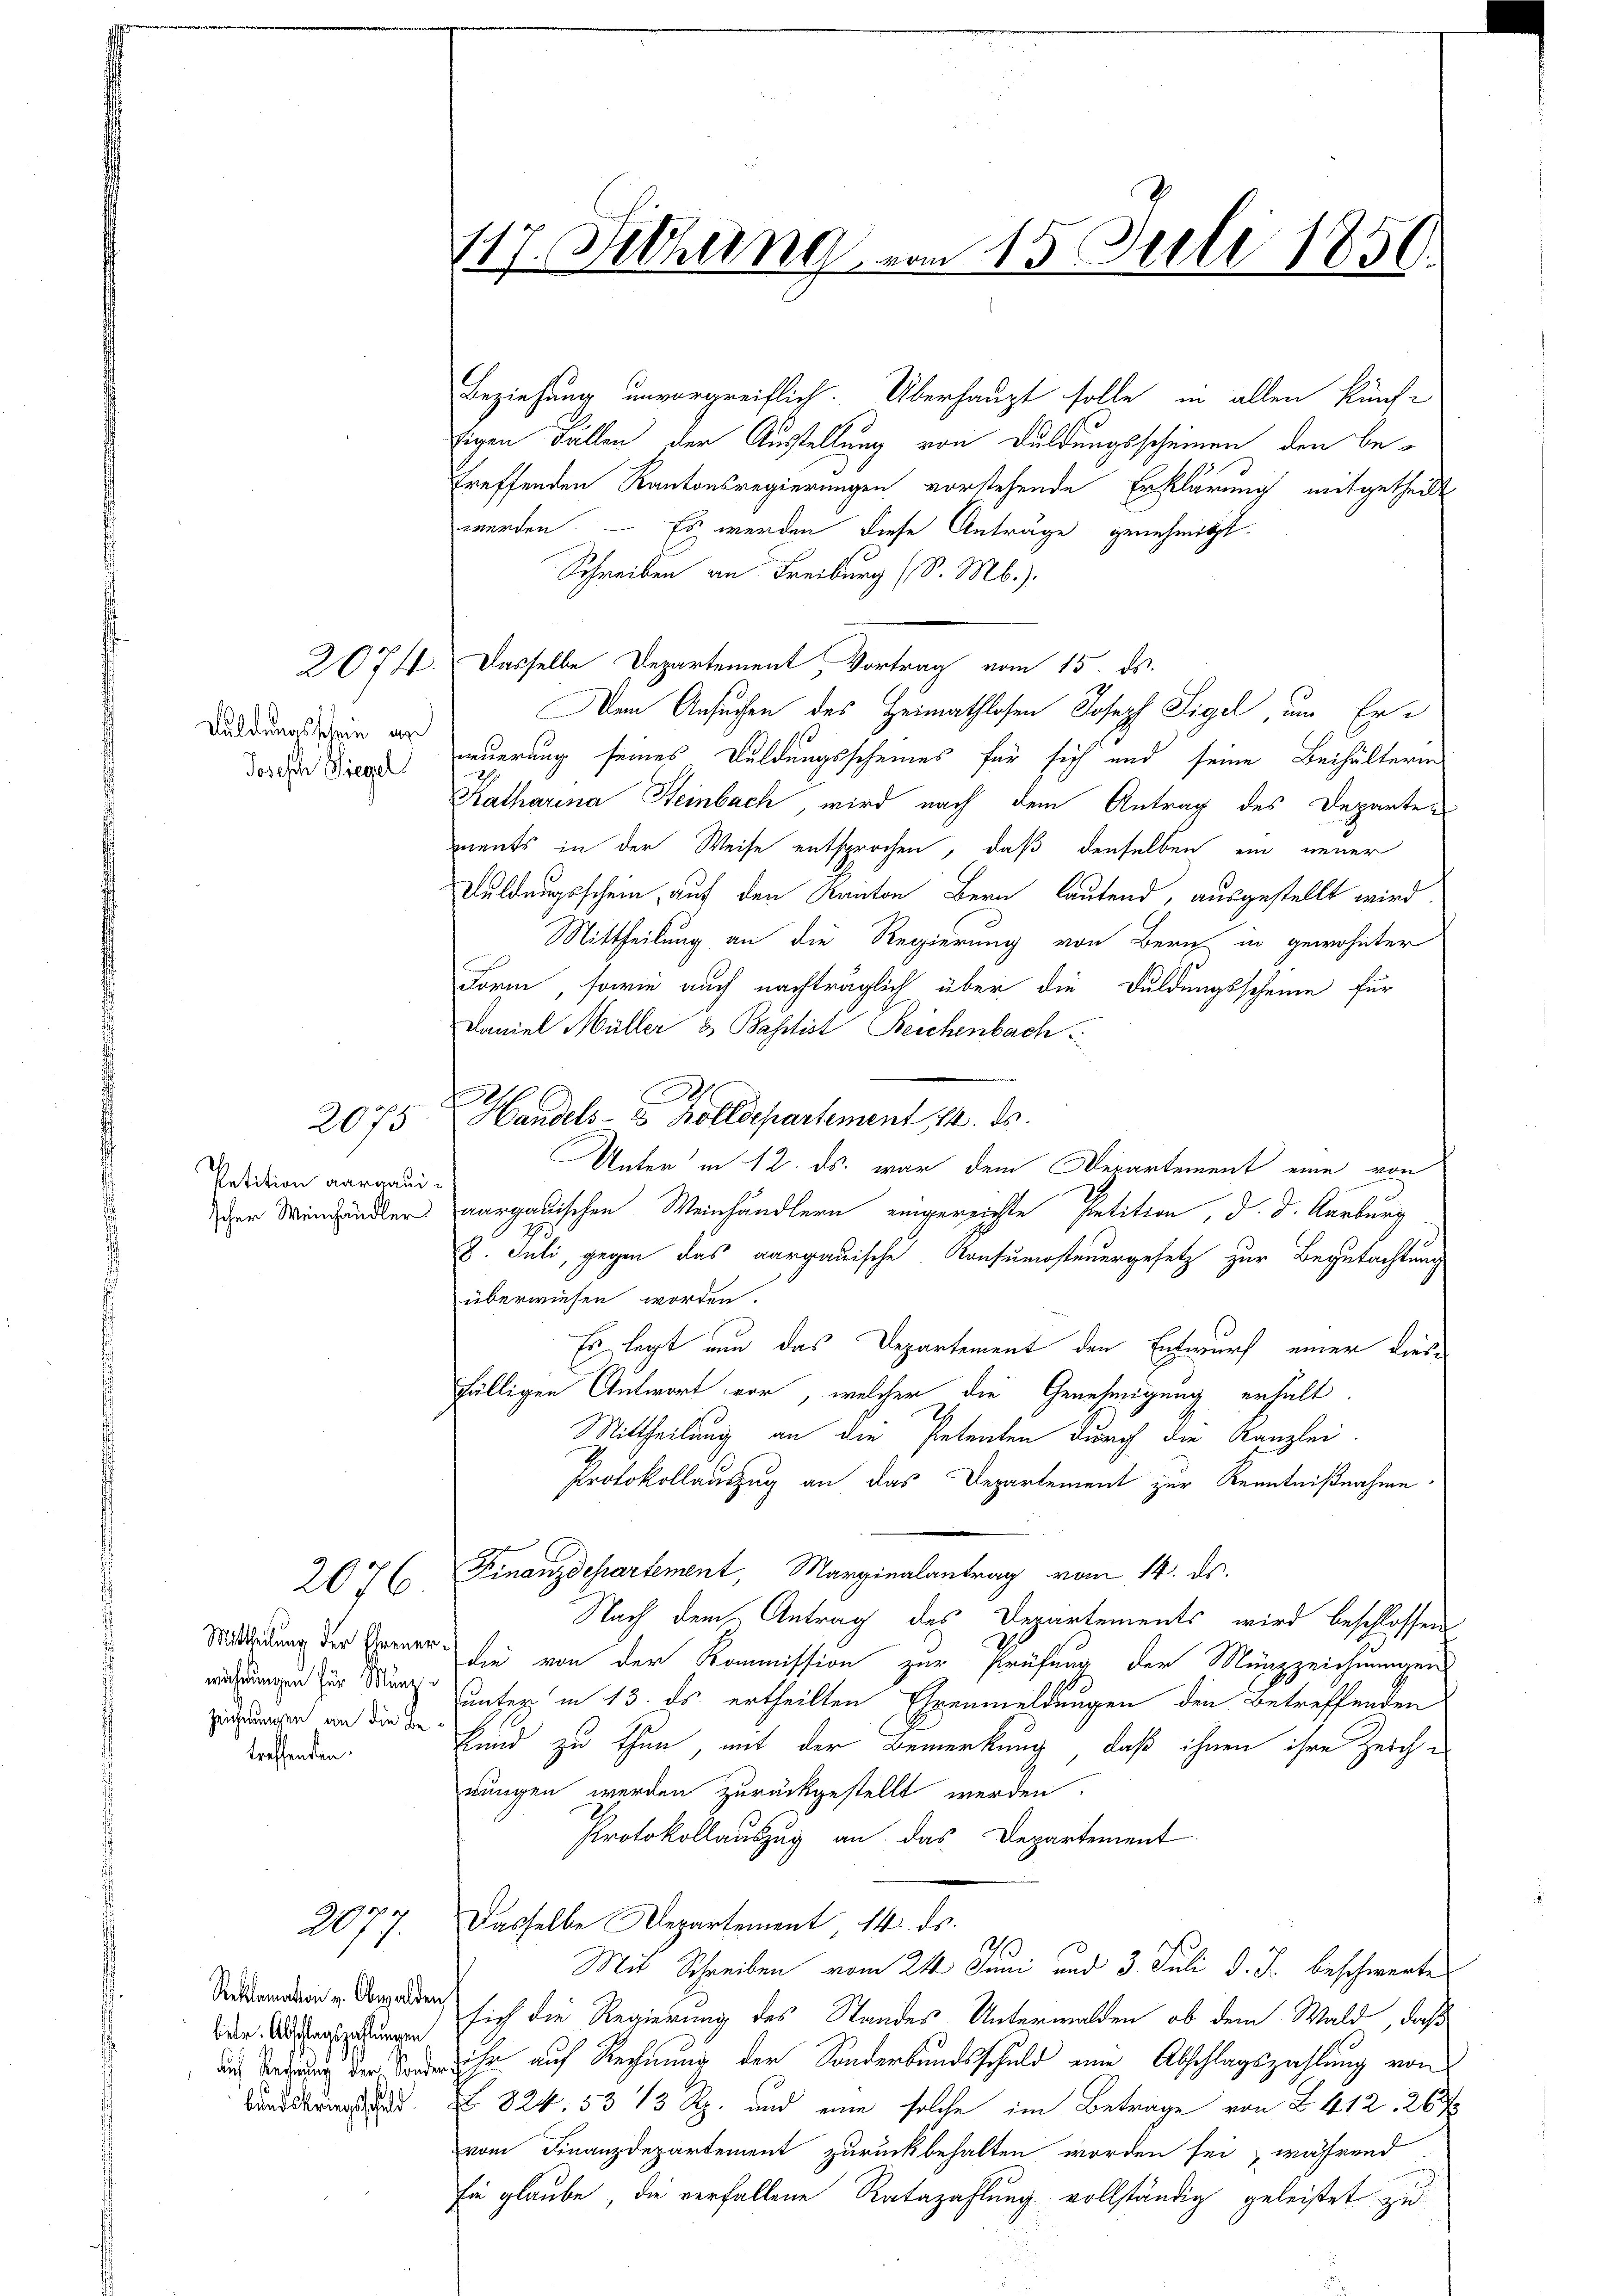
Waldungsschein an
Josesch Siegel

Petition aargauischer Weinhändler

2075

2076
Zeichnungen an die Betreffenden.

277.

Reklamation v. Obwalder
biete. Abschlagszahlungen
auf Rechnung der Sonde
bundeskriegsschuld.

e

117. Auchung vom 15. Juli 1850.

Beziehung unvorgreiflich. Überhaupt solle in allen künf-
sigen Fällen der Ausstellung von Duldungsscheinen den betreffenden Kantonsregierungen vorstehende Erklärung mitgetheilt
werden. — Es werden diese Anträge genehmigt.
Schreiben an Freiburg (S. Mb.).
2074. Dasselbe Departement Vortrag vom 15. ds.
Dem Ansuchen des Heimathlosen Joseph Sigel um Erneuerung seines Duldungsscheines für sich und seine Beihälteren
Katharina Steinbach, wird nach dem Antrag des Departements in der Weise entsprochen, daß denselben ein neuer
Duldungsschein, auf den Kanton Bern lautend, ausgestellt wird.
Mittheilung an die Regierung von Bern in gewohnter
Form, sowie auch nachträglich über die Duldungsscheine für
Daniel Müller & Bassist Reichenbach
Unter in 12. ds. war dem Departement eine von
aargauischen Weinhändlern eingereichte Petition, d. d. Aarburg
1
8. Juli, gegen das aargauische Konsumsteuergesetz zur Begutachtung
überwiesen worden.
Es legt nun das Departement den Entwurf einer diesfälligen Antwort vor, welcher die Genehmigung erhält.
Mittheilung an die Petenten durch die Kanzlei-
Protokollauszug an das Departement zur Kenntnißnahme
Finanzdchartement, Marginalantrag vom 14. ds.
Nach dem Antrag des Departements wird beschlossen
.
Miedung der Frener sie von der Kommission zur Prüfung der Münzzeichnungen
währungen zur Kurz unter in 13. ds. ertheilten Ehrenmeldungen den Betreffenden
kund zu thun, mit der Bemerkung, daß ihnen ihre Zeichnungen werden zurückgestellt werden.
Protokollauszug an das Departement
Dasselbe Departement, 14. ds.
173
Mit Schreiben vom 24 Juni und 3. Juli d. J. beschwertes
) sich die Regierung des Standes Unterwalden, ob dem Wald, daß
ihn auf Rechnung der Sonderbundsschuld eine Abschlagszahlung von
Z 824. 533 Rp. und eine solche im Betrage von B. 412, 26
vom Finanzdepartement zurückbehalten worden sei, während
Ein glaube, die verfallene Ratazahlung vollständig geleistet zu

Al
Handels- & Zolldepartement 14. ds.